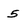
Character: 5